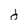
Character: d